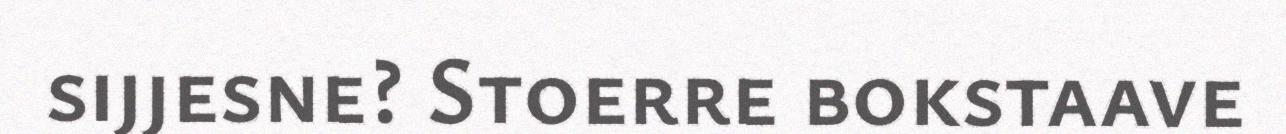
sijjesne? Stoerre bokstaave